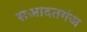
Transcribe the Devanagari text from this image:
सआदतगंज